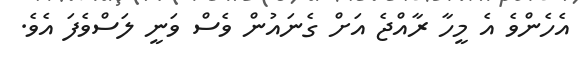
އެހެންވެ އެ މީހާ ރާއްޖެ އަށް ގެނައުން ވެސް ވަނީ ލަސްވެފަ އެވެ.